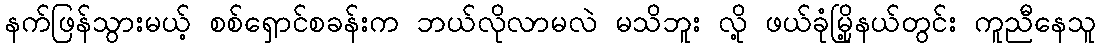
နက်ဖြန်သွားမယ့် စစ်ရှောင်စခန်းက ဘယ်လိုလာမလဲ မသိဘူး လို့ ဖယ်ခုံမြို့နယ်တွင်း ကူညီနေသူ